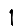
Digit: 1